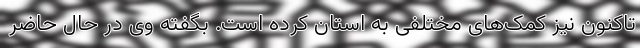
تاکنون نیز کمک‌های مختلفی به استان کرده است. بگفته وی در حال حاضر